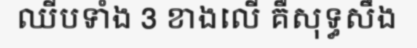
ឈីបទាំង 3 ខាងលើ គឺសុទ្ធសឹង